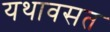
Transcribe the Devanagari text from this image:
यथावसत